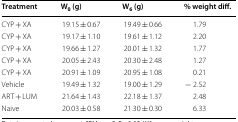
<table><thead><tr><td><b>Treatment</b></td><td><b>W<sub>0</sub> (g)</b></td><td><b>W<sub>6</sub> (g)</b></td><td><b>% weight diff.</b></td></tr></thead><tbody><tr><td>CYP + XA</td><td>19.15 ± 0.67</td><td>19.49 ± 0.66</td><td>1.79</td></tr><tr><td>CYP + XA</td><td>19.17 ± 1.10</td><td>19.61 ± 1.12</td><td>2.20</td></tr><tr><td>CYP + XA</td><td>19.66 ± 1.27</td><td>20.01 ± 1.32</td><td>1.77</td></tr><tr><td>CYP + XA</td><td>20.05 ± 2.43</td><td>20.30 ± 2.48</td><td>1.27</td></tr><tr><td>CYP + XA</td><td>20.91 ± 1.09</td><td>20.95 ± 1.08</td><td>0.21</td></tr><tr><td>Vehicle</td><td>19.49 ± 1.32</td><td>19.00 ± 1.29</td><td>− 2.52</td></tr><tr><td>ART + LUM</td><td>21.64 ± 1.43</td><td>22.18 ± 1.37</td><td>2.48</td></tr><tr><td>Naive</td><td>20.03 ± 0.58</td><td>21.30 ± 0.30</td><td>6.33</td></tr></tbody></table>